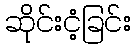
ဆိုင်းငံ့ခြင်း